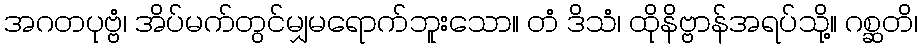
အဂတပုဗ္ဗံ၊ အိပ်မက်တွင်မျှမရောက်ဘူးသော။ တံ ဒိသံ၊ ထိုနိဗ္ဗာန်အရပ်သို့။ ဂစ္ဆတိ၊